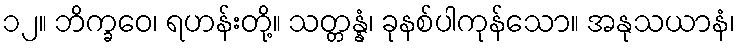
၁၂။ ဘိက္ခဝေ၊ ရဟန်းတို့။ သတ္တန္နံ၊ ခုနစ်ပါကုန်သော။ အနုသယာနံ၊